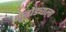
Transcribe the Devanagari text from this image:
सुतोंड्याला